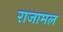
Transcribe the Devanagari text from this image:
राजामल